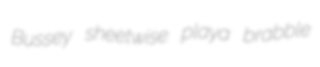
Bussey sheetwise playa brabble